画像に写った文字を読んでください
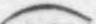
「(」と書いてあります